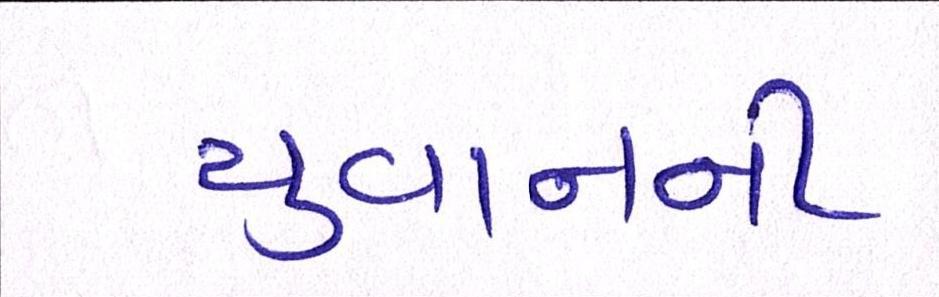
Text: યુવાનની